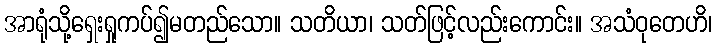
အာရုံသို့ရှေးရှုကပ်၍မတည်သော။ သတိယာ၊ သတ်ဖြင့်လည်းကောင်း။ အသံဝုတေဟိ၊